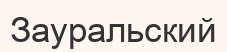
Зауральский